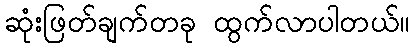
ဆုံးဖြတ်ချက်တခု ထွက်လာပါတယ်။